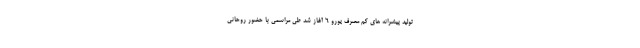
تولید پیشرانه های کم مصرف یورو ۶ آغاز شد طی مراسمی با حضور روحانی